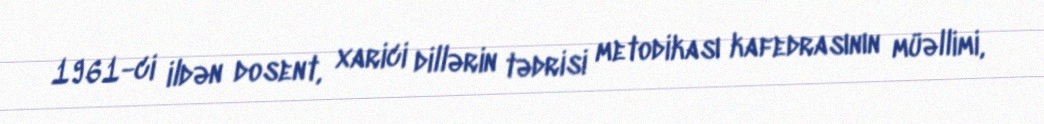
1961-ci ildən dosent, xarici dillərin tədrisi metodikası kafedrasının müəllimi,